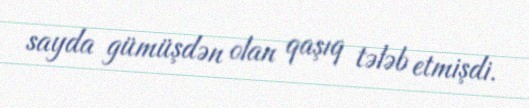
sayda gümüşdən olan qaşıq tələb etmişdi.